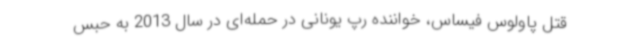
قتل پاولوس فیساس، خواننده رپ یونانی در حمله‌ای در سال 2013 به حبس